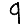
Digit: 9